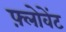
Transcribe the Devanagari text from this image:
फ़्लोवेंट